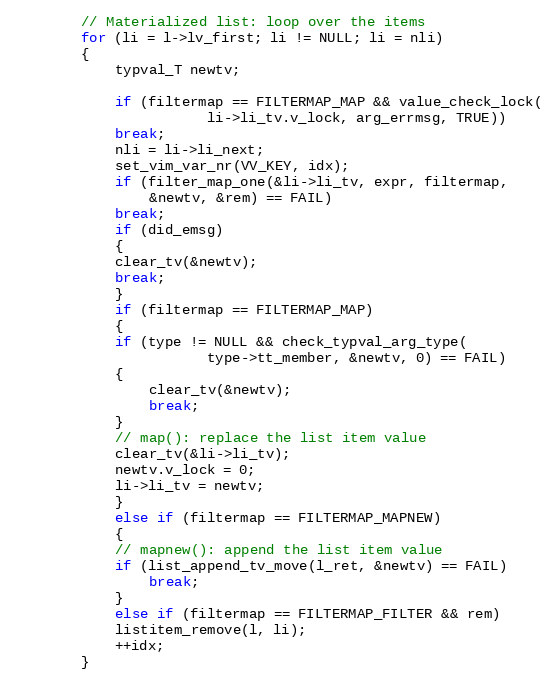
Language: C
		// Materialized list: loop over the items
		for (li = l->lv_first; li != NULL; li = nli)
		{
		    typval_T newtv;

		    if (filtermap == FILTERMAP_MAP && value_check_lock(
					   li->li_tv.v_lock, arg_errmsg, TRUE))
			break;
		    nli = li->li_next;
		    set_vim_var_nr(VV_KEY, idx);
		    if (filter_map_one(&li->li_tv, expr, filtermap,
				&newtv, &rem) == FAIL)
			break;
		    if (did_emsg)
		    {
			clear_tv(&newtv);
			break;
		    }
		    if (filtermap == FILTERMAP_MAP)
		    {
			if (type != NULL && check_typval_arg_type(
					   type->tt_member, &newtv, 0) == FAIL)
			{
			    clear_tv(&newtv);
			    break;
			}
			// map(): replace the list item value
			clear_tv(&li->li_tv);
			newtv.v_lock = 0;
			li->li_tv = newtv;
		    }
		    else if (filtermap == FILTERMAP_MAPNEW)
		    {
			// mapnew(): append the list item value
			if (list_append_tv_move(l_ret, &newtv) == FAIL)
			    break;
		    }
		    else if (filtermap == FILTERMAP_FILTER && rem)
			listitem_remove(l, li);
		    ++idx;
		}